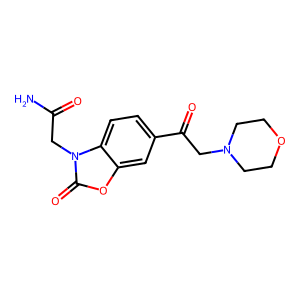
SMILES: NC(=O)Cn1c(=O)oc2cc(C(=O)CN3CCOCC3)ccc21
Inhibits HIV replication: No